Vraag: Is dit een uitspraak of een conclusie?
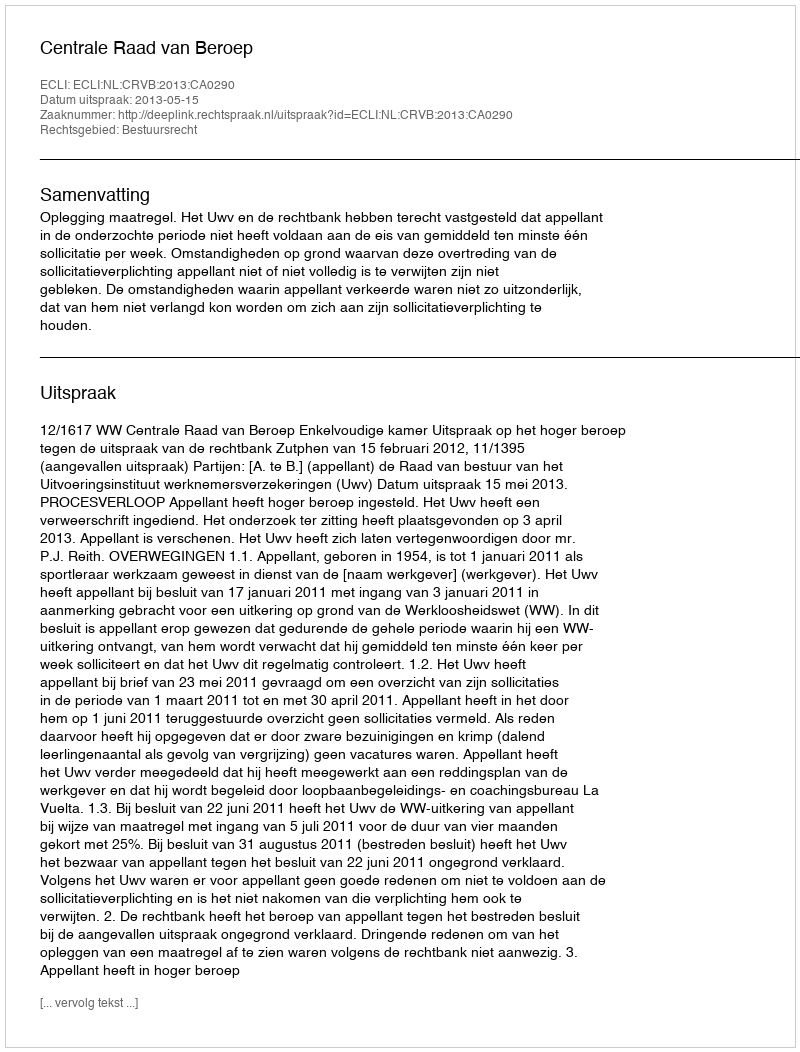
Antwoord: Uitspraak